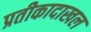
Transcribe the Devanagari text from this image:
प्रतीकादाखल